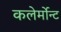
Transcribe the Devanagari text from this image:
कलेर्मोन्ट